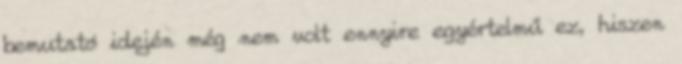
bemutató idején még nem volt ennyire egyértelmű ez, hiszen